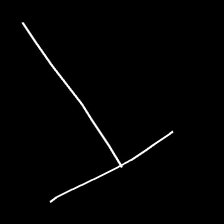
Glyph: column